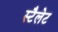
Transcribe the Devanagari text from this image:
स्टैलेट